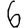
Digit: 6